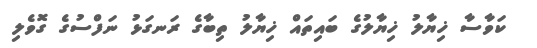
ކަވާސާ ޚިޔާލު ޚިޔާލުގެ ބައިތައް ޚިޔާލު ތިބާގެ ރަނގަޅު ނަފްސުގެ ގޮވެލި